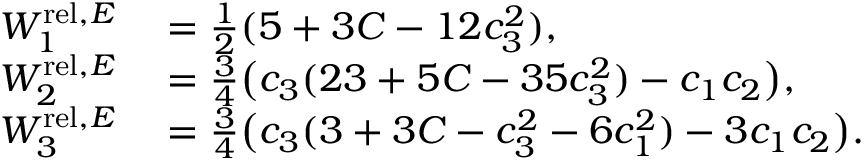
\begin{array} { r l } { W _ { 1 } ^ { \mathrm { r e l } , E } } & { { } = \frac 1 2 ( 5 + 3 C - 1 2 c _ { 3 } ^ { 2 } ) , } \\ { W _ { 2 } ^ { \mathrm { r e l } , E } } & { { } = \frac 3 4 \big ( c _ { 3 } ( 2 3 + 5 C - 3 5 c _ { 3 } ^ { 2 } ) - c _ { 1 } c _ { 2 } \big ) , } \\ { W _ { 3 } ^ { \mathrm { r e l } , E } } & { { } = \frac 3 4 \big ( c _ { 3 } ( 3 + 3 C - c _ { 3 } ^ { 2 } - 6 c _ { 1 } ^ { 2 } ) - 3 c _ { 1 } c _ { 2 } \big ) . } \end{array}